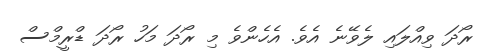
ރޯދަ ވިއްލައި ލެވޭނެ އެވެ. އެހެންވެ މި ރޯދަ މަހު ރޯދަ ޑްރީމްސް